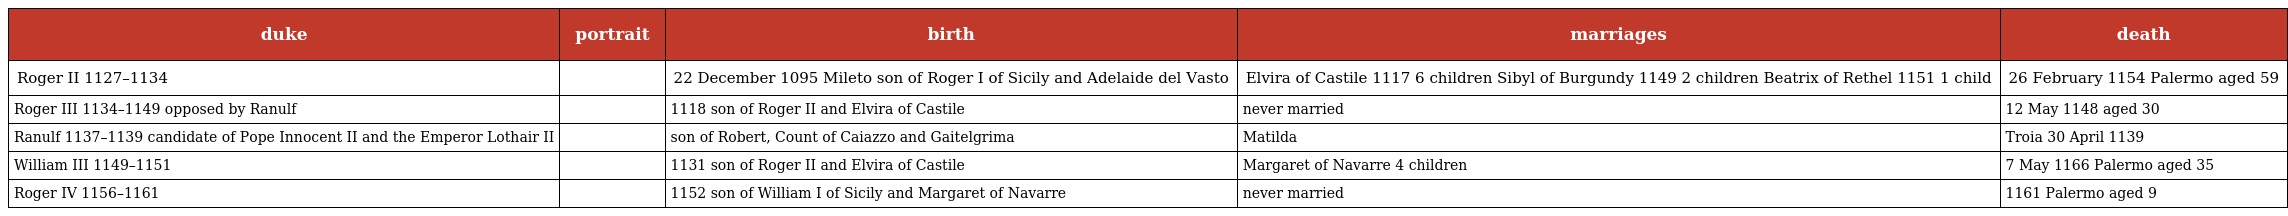
| duke | portrait | birth | marriages | death |
 | --- | --- | --- | --- | --- |
 | Roger II 1127–1134 |  | 22 December 1095 Mileto son of Roger I of Sicily and Adelaide del Vasto | Elvira of Castile 1117 6 children Sibyl of Burgundy 1149 2 children Beatrix of Rethel 1151 1 child | 26 February 1154 Palermo aged 59 |
 | Roger III 1134–1149 opposed by Ranulf |  | 1118 son of Roger II and Elvira of Castile | never married | 12 May 1148 aged 30 |
 | Ranulf 1137–1139 candidate of Pope Innocent II and the Emperor Lothair II |  | son of Robert, Count of Caiazzo and Gaitelgrima | Matilda | Troia 30 April 1139 |
 | William III 1149–1151 |  | 1131 son of Roger II and Elvira of Castile | Margaret of Navarre 4 children | 7 May 1166 Palermo aged 35 |
 | Roger IV 1156–1161 |  | 1152 son of William I of Sicily and Margaret of Navarre | never married | 1161 Palermo aged 9 |